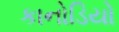
કાનોડિયો